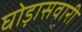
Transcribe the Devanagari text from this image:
घोड़ासवारी